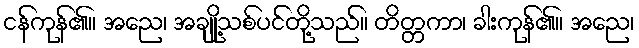
ငန်ကုန်၏။ အညေ၊ အချို့သစ်ပင်တို့သည်။ တိတ္တကာ၊ ခါးကုန်၏။ အညေ၊